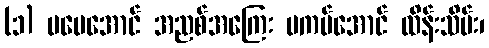
(၁) မပေအောင် အညစ်အကြေး မကပ်အောင် ထိန်းသိမ်း၊